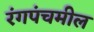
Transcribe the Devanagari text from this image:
रंगपंचमील